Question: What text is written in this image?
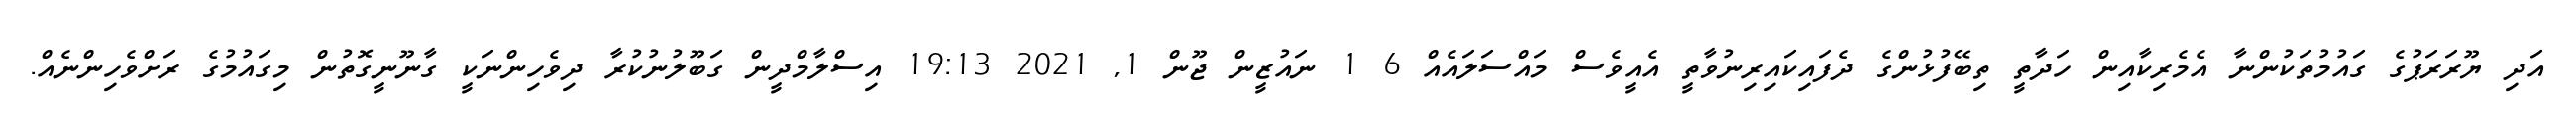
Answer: އަދި ޔޫރަރަޕުގެ ގައުމުތަކުންނާ އެމެރިކާއިން ހަދާތީ ތިބޭފުޅުންގެ ދެފައިކައިރިނުވާތީ އެއީވެސް މައްސަލައެއް 6 1 ނައުޒީން ޖޫން 1, 2021 19:13 އިސްލާމްދީން ގަބޫލުނުކުރާ ދިވެހިންނަކީ ގާނޫނީގޮތުން މިގައުމުގެ ރަށްވެހިންނެއް.